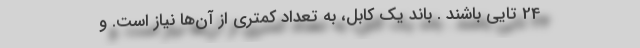
24 تایی باشند . باند یک کابل، به تعداد کمتری از آن‌ها نیاز است. و